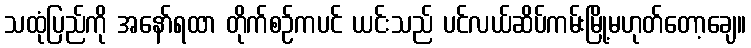
သထုံပြည်ကို အနော်ရထာ တိုက်စဉ်ကပင် ယင်းသည် ပင်လယ်ဆိပ်ကမ်းမြို့မဟုတ်တော့ချေ။